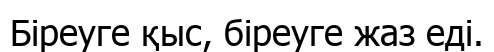
Біреуге қыс, біреуге жаз еді.